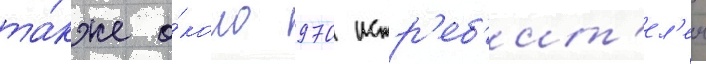
та́кже о́коло 970 истр'еб'ит'ел'еи